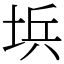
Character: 㙃